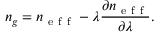
n _ { g } = n _ { \mathrm { ~ e ~ f ~ f ~ } } - \lambda \frac { \partial n _ { \mathrm { ~ e ~ f ~ f ~ } } } { \partial \lambda } .